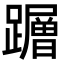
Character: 𮜠